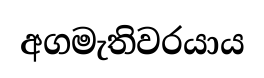
අගමැතිවරයාය